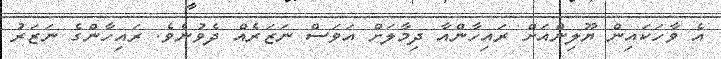
އެ ވާހަކައިން ޔޫލިންއަށް ރައިހާންއާ ދިމާލަށް އަވަސް ނަޒަރެއް ދެވުނެވެ. ރައިހާންގެ ނަޒަރު